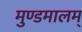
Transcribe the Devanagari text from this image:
मुण्डमालम्